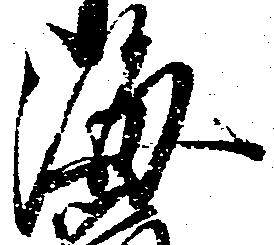
海